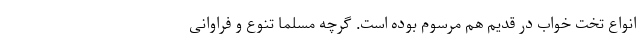
انواع تخت خواب در قدیم هم مرسوم بوده است. گرچه مسلما تنوع و فراوانی